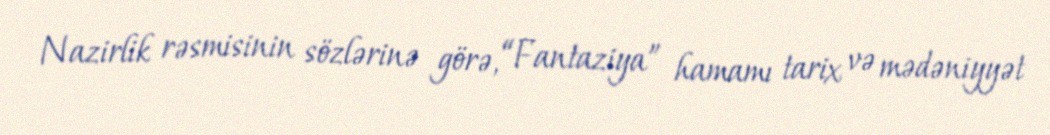
Nazirlik rəsmisinin sözlərinə görə, “Fantaziya” hamamı tarix və mədəniyyət